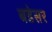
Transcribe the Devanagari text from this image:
बडेसर